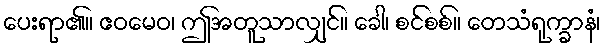
ပေးရာ၏။ ဧဝမေဝ၊ ဤအတူသာလျှင်။ ခေါ၊ စင်စစ်။ တေသံရုက္ခာနံ၊